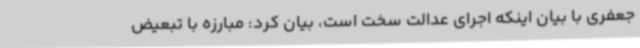
جعفری با بیان اینکه اجرای عدالت سخت است، بیان کرد: مبارزه با تبعیض